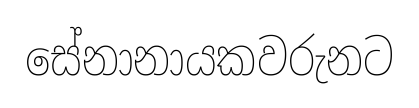
සේනානායකවරුනට